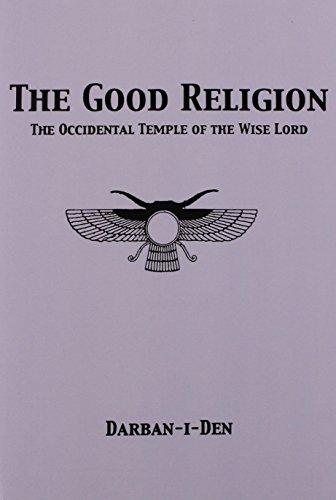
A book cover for The Good Religion; Stephen E. Flowers; Religion & Spirituality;